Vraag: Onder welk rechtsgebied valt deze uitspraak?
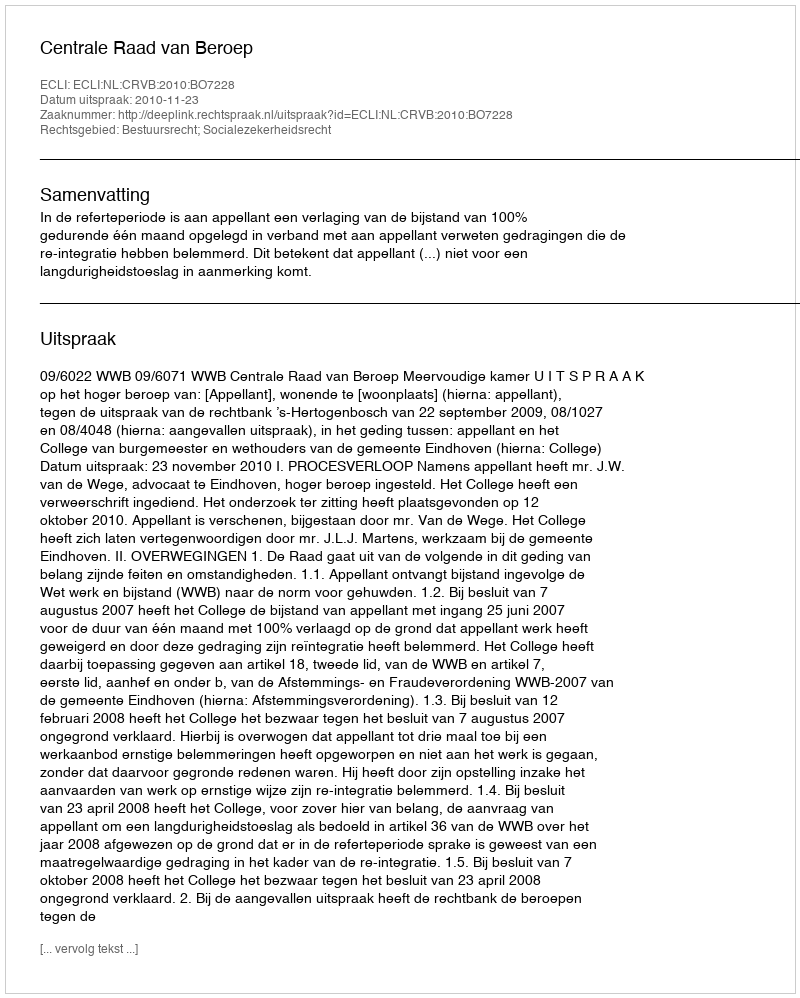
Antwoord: Bestuursrecht; Socialezekerheidsrecht